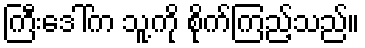
ကြီးဒေါ်က သူ့ကို စိုက်ကြည့်သည်။